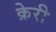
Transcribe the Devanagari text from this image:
क्रेरी